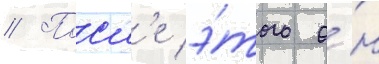
// Посл'е э́того о́н